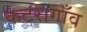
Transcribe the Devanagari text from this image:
कटरागाँव